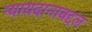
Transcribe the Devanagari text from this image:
न्यायदानाबद्दल